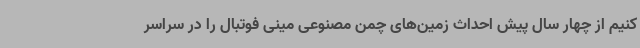
کنیم از چهار سال پیش احداث زمین‌های چمن مصنوعی مینی فوتبال را در سراسر